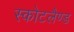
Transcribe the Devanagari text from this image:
स्कोटलैण्ड